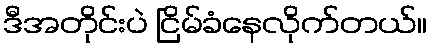
ဒီအတိုင်းပဲ ငြိမ်ခံနေလိုက်တယ်။